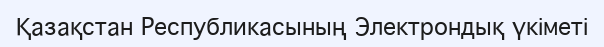
Қазақстан Республикасының Электрондық үкіметі